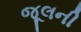
જૂલની